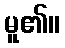
မူ၏။